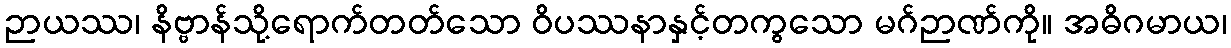
ဉာယဿ၊ နိဗ္ဗာန်သို့ရောက်တတ်သော ဝိပဿနာနှင့်တကွသော မဂ်ဉာဏ်ကို။ အဓိဂမာယ၊